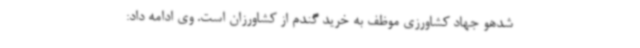
شدهو جهاد کشاورزی موظف به خرید گندم از کشاورزان است. وی ادامه داد: